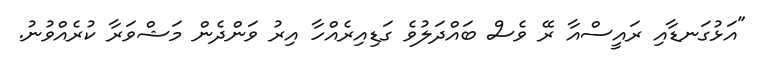
"އަޅުގަނޑާއި ރައީސްއާ ރޭ ވެސް ބައްދަލުވެ ގަޑިއިރެއްހާ އިރު ވަންދެން މަޝްވަރާ ކުރެއްވުނު.